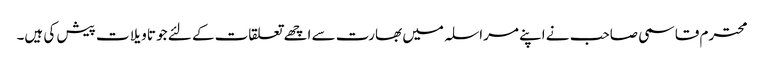
محترم قاسمی صاحب نے اپنے مراسلہ میں بھارت سے اچھے تعلقات کے لئے جو تاویلات پیش کی ہیں۔